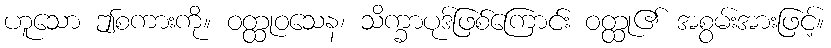
ဟူသော ဤစကားကို။ ဝတ္ထုဝသေန၊ သိက္ခာပုဒ်ဖြစ်ကြောင်း ဝတ္ထု၏ အစွမ်းအားဖြင့်။